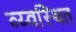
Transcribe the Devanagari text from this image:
व्य्वस्थित